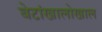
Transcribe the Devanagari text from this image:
बेटांखालोखाल